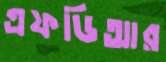
এফডিআর